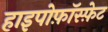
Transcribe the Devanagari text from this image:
हाइपोफ़ॉस्फ़ेट